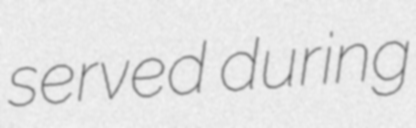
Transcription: served during